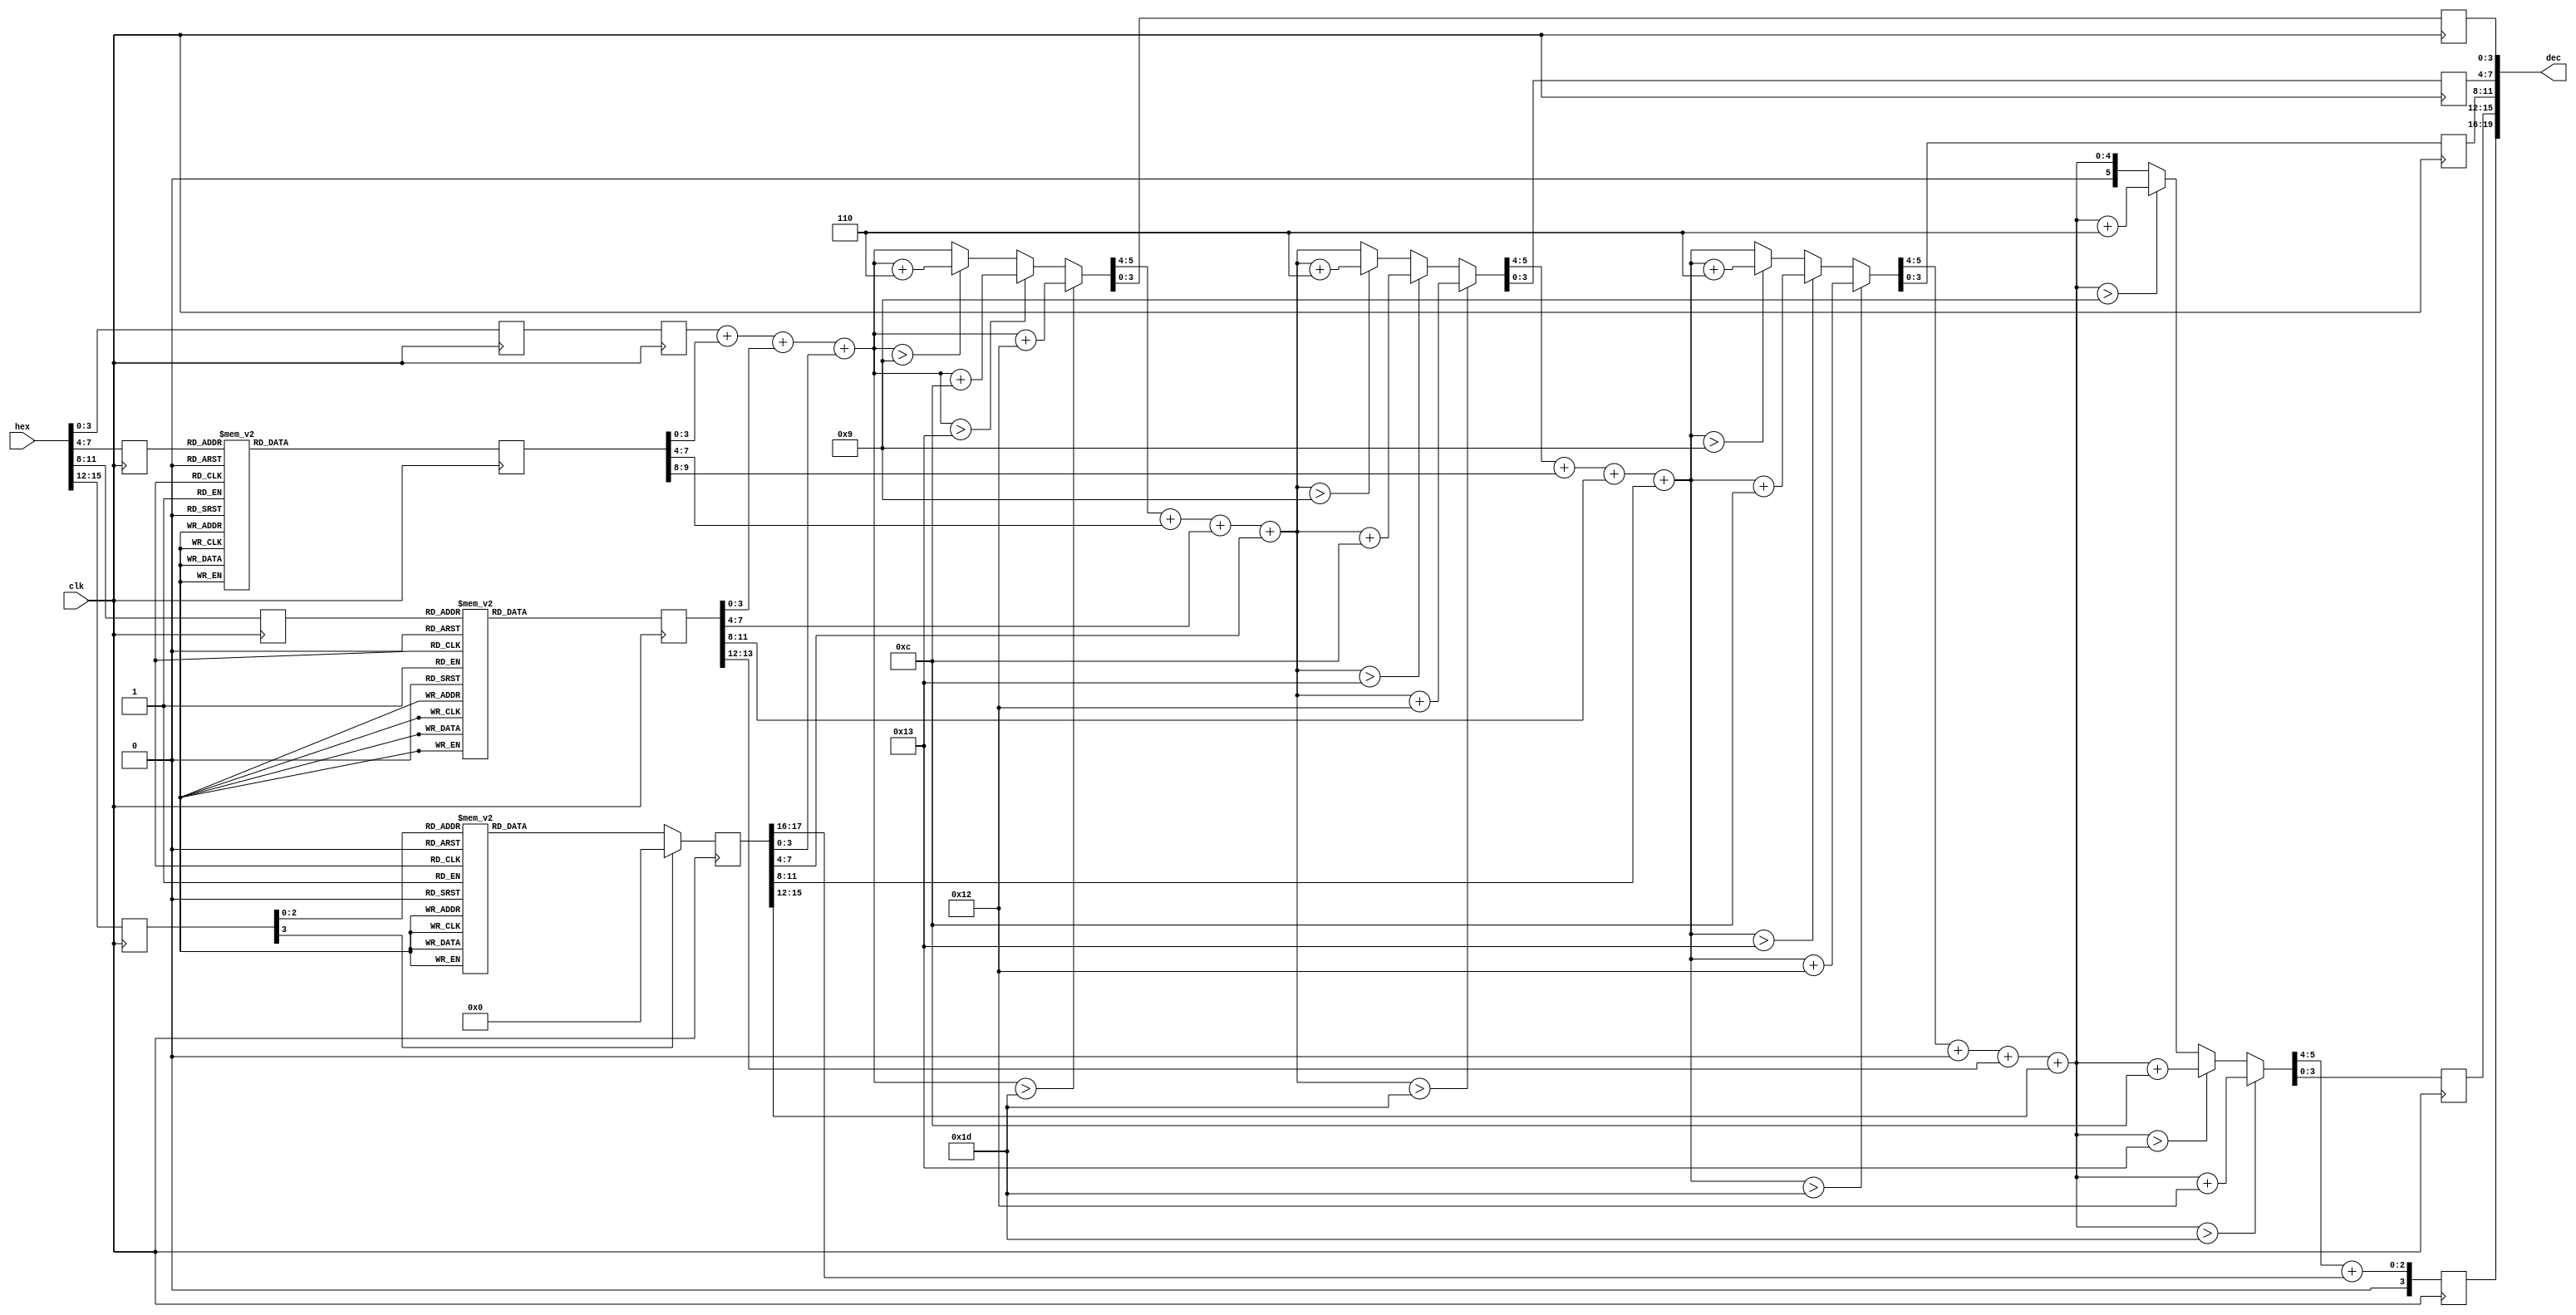
module bcd(clk,
          hex,
          dec);

input  clk;
input  [15:0] hex;
output [19:0] dec;

wire [15:0] rrhex;
reg [3:0] rhex[3:0];

reg [17:0] rhexd;
reg [13:0] rhexc;
reg [9:0] rhexb;
reg [3:0] rhexa;

reg [5:0] resa,resb,resc,resd;
reg [3:0] rese;

assign rrhex = hex[15:0];        
assign dec = {rese,resd[3:0],resc[3:0],resb[3:0],resa[3:0]};

always@(posedge clk)                 //һĴ
begin
    rhex[3] <= rrhex[15:12];
    rhex[2] <= rrhex[11:8];
    rhex[1] <= rrhex[7:4];
    rhex[0] <= rrhex[3:0];
end

always@(posedge clk)                  //4bit
begin
    case(rhex[3])
        4'h0: rhexd <= 18'h00000;
        4'h1: rhexd <= 18'h04096;
        4'h2: rhexd <= 18'h08192;
        4'h3: rhexd <= 18'h12288;
        4'h4: rhexd <= 18'h16384;
        4'h5: rhexd <= 18'h20480;
        4'h6: rhexd <= 18'h24576;
        4'h7: rhexd <= 18'h28672;
        default: rhexd <= 10'h00000;
    endcase
end

always@(posedge clk)                //θ4bit
begin
    case(rhex[2]) 
        4'h0: rhexc <= 14'h0000;
        4'h1: rhexc <= 14'h0256;
        4'h2: rhexc <= 14'h0512;
        4'h3: rhexc <= 14'h0768;
        4'h4: rhexc <= 14'h1024;
        4'h5: rhexc <= 14'h1280;
        4'h6: rhexc <= 14'h1536;
        4'h7: rhexc <= 14'h1792;
        4'h8: rhexc <= 14'h2048;
        4'h9: rhexc <= 14'h2304;
        4'ha: rhexc <= 14'h2560;
        4'hb: rhexc <= 14'h2816;
        4'hc: rhexc <= 14'h3072;
        4'hd: rhexc <= 14'h3328;
        4'he: rhexc <= 14'h3584;
        4'hf: rhexc <= 14'h3840;
        default: rhexc <= 14'h0000;
    endcase
end 

always@(posedge clk)
begin
    case(rhex[1])
        4'h0: rhexb <= 10'h000;
        4'h1: rhexb <= 10'h016;
        4'h2: rhexb <= 10'h032;
        4'h3: rhexb <= 10'h048;
        4'h4: rhexb <= 10'h064;
        4'h5: rhexb <= 10'h080;
        4'h6: rhexb <= 10'h096;
        4'h7: rhexb <= 10'h112;
        4'h8: rhexb <= 10'h128;
        4'h9: rhexb <= 10'h144;
        4'ha: rhexb <= 10'h160;
        4'hb: rhexb <= 10'h176;
        4'hc: rhexb <= 10'h192;
        4'hd: rhexb <= 10'h208;
        4'he: rhexb <= 10'h224;
        4'hf: rhexb <= 10'h240;
        default: rhexb <= 10'h000;
    endcase
end 

always@(posedge clk)
begin
    rhexa <= rhex[0];
end

always@(posedge clk) //ÿͬbcd,һbcdҪϵһĽλ,ҲǸ߳4λĲ
begin   
    resa = addbcd4(rhexa[3:0],rhexb[3:0],rhexc[3:0],  rhexd[3:0]);
    resb = addbcd4(resa[5:4], rhexb[7:4],rhexc[7:4],  rhexd[7:4]);
    resc = addbcd4(resb[5:4], rhexb[9:8],rhexc[11:8], rhexd[11:8]);
    resd = addbcd4(resc[5:4], 4'h0,      rhexc[13:12],rhexd[15:12]);
    rese = resd[5:4] + rhexd[17:16];
end

function [5:0] addbcd4; 
input [3:0] add1,add2,add3,add4;
begin
    addbcd4 = add1 + add2 + add3 + add4;
    if(addbcd4 > 6'h1d)               //>29 һܳ0xf,ɶתﲻִ40
        addbcd4 = addbcd4 + 5'h12;
    else if(addbcd4 > 5'h13)          //>19Խ12
        addbcd4 = addbcd4 + 4'hc;
    else if(addbcd4 > 4'h9)           //>9Խ6
        addbcd4 = addbcd4 + 4'h6;
end
endfunction

endmodule